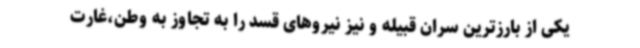
یکی از بارزترین سران قبیله و نیز نیروهای قسد را به تجاوز به وطن،غارت